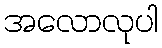
အလောလုပါ